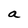
Character: a